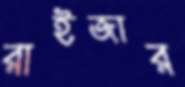
রাইজার